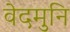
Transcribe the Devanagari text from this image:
वेदमुनि